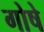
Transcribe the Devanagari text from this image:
गोषे